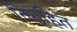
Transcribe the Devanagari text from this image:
निगृहित